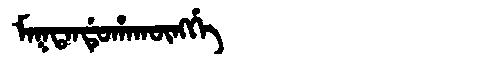
Manchu: ᠮᠠᡴᡨᠠᠨᡩᡠᡥᠠᡴᡡᠩᡤᡝ
Romanization: MAKTANDUHAKŪNGGE